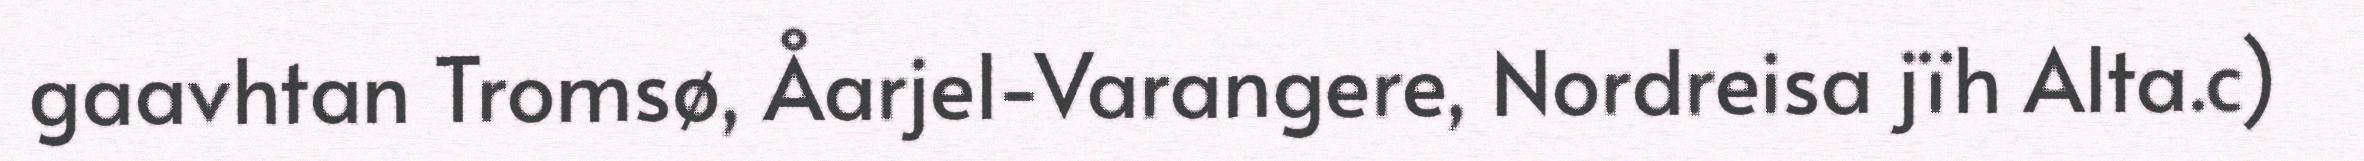
gaavhtan Tromsø, Åarjel-Varangere, Nordreisa jïh Alta.c)